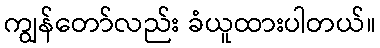
ကျွန်တော်လည်း ခံယူထားပါတယ်။